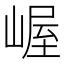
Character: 𫶉